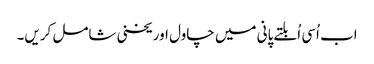
اب اُسی اُبلتے پانی میں چاول اور یخنی شامل کریں۔